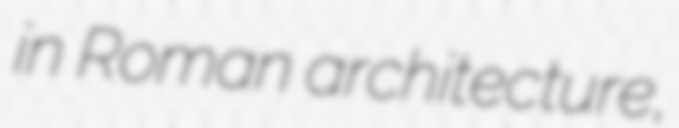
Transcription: in Roman architecture,